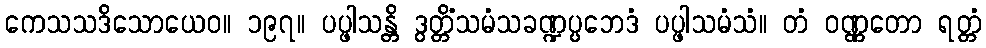
ကေသသဒိသောယေဝ။ ၁၉၇။ ပပ္ဖါသန္တိ ဒွတ္တိံသမံသခဏ္ဍပ္ပဘေဒံ ပပ္ဖါသမံသံ။ တံ ဝဏ္ဏတော ရတ္တံ